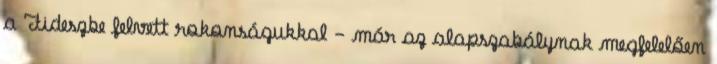
a Fideszbe felvett rokonságukkal - már az alapszabálynak megfelelően